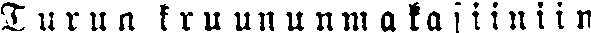
Turun kruununmakasiiniin